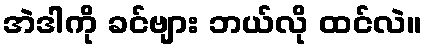
အဲဒါကို ခင်ဗျား ဘယ်လို ထင်လဲ။